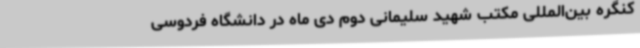
کنگره‌ بین‌المللی‌ مکتب شهید سلیمانی دوم‌ دی ماه در دانشگاه فردوسی‌